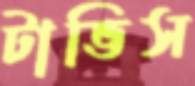
টাভিস